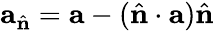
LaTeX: \mathbf{a}_{\hat{\mathbf{n}}}=\mathbf{a}-(\hat{\mathbf{n}}\cdot\mathbf{a})\hat{\mathbf{n}}